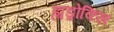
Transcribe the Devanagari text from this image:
ह्यड्रोक्सि